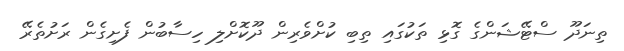
ތިނަދޫ ސްޓޭޝަންގެ ގޮޅި ތަކުގައި ތިބި ކުށްވެރިން ދޫކޮށްލި ހިސާބުން ފެށިގެން ރަށުތެރޭ